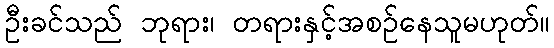
ဦးခင်သည် ဘုရား၊ တရားနှင့်အစဉ်နေသူမဟုတ်။